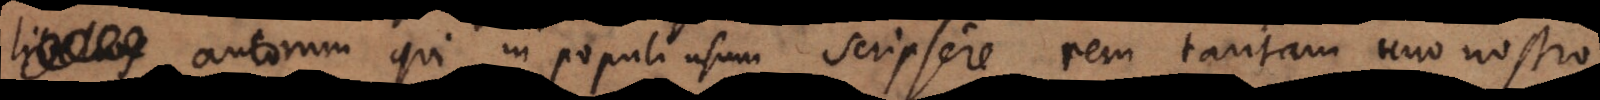
autorum qui in populi usum scripsere rem tantam uno nostro